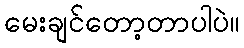
မေးချင်တော့တာပါပဲ။